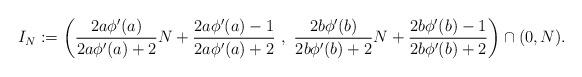
LaTeX: \begin{align*}I_{N}:= \left(\frac{2a\phi^{\prime}(a)}{2a\phi^{\prime}(a)+2}N+\frac{2a\phi^{\prime}(a)-1}{2a\phi^{\prime}(a)+2}\ ,\ \frac{2b\phi^{\prime}(b)}{2b\phi^{\prime}(b)+2}N+\frac{2b\phi^{\prime}(b)-1}{2b\phi^{\prime}(b)+2}\right)\cap (0,N).\end{align*}